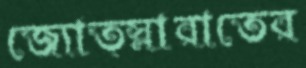
জ্যোত্স্নারাতের